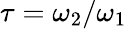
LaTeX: \tau=\omega_{2}/\omega_{1}